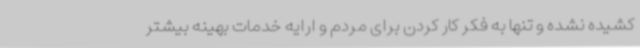
کشیده نشده و تنها به فکر کار کردن برای مردم و ارایه خدمات بهینه بیشتر